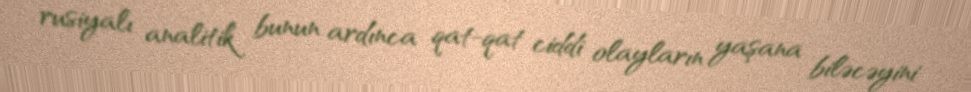
rusiyalı analitik bunun ardınca qat-qat ciddi olayların yaşana biləcəyini